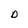
Character: D